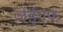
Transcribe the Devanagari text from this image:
जेईएफ